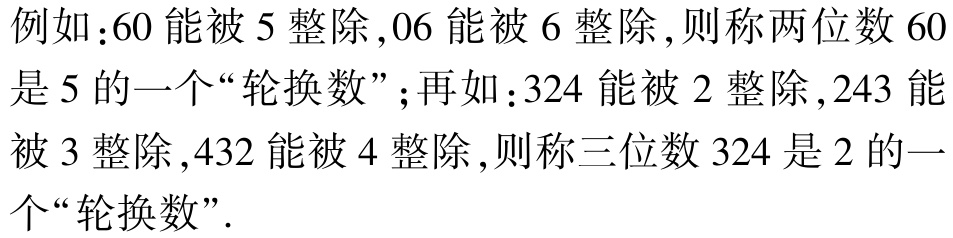
例如：$60$能被$5$整除，$06$能被$6$整除，则称两位数$60$是$5$的一个“轮换数”；再如：$324$能被$2$整除，$243$能被$3$整除，$432$能被$4$整除，则称三位数$324$是$2$的一个“轮换数”.